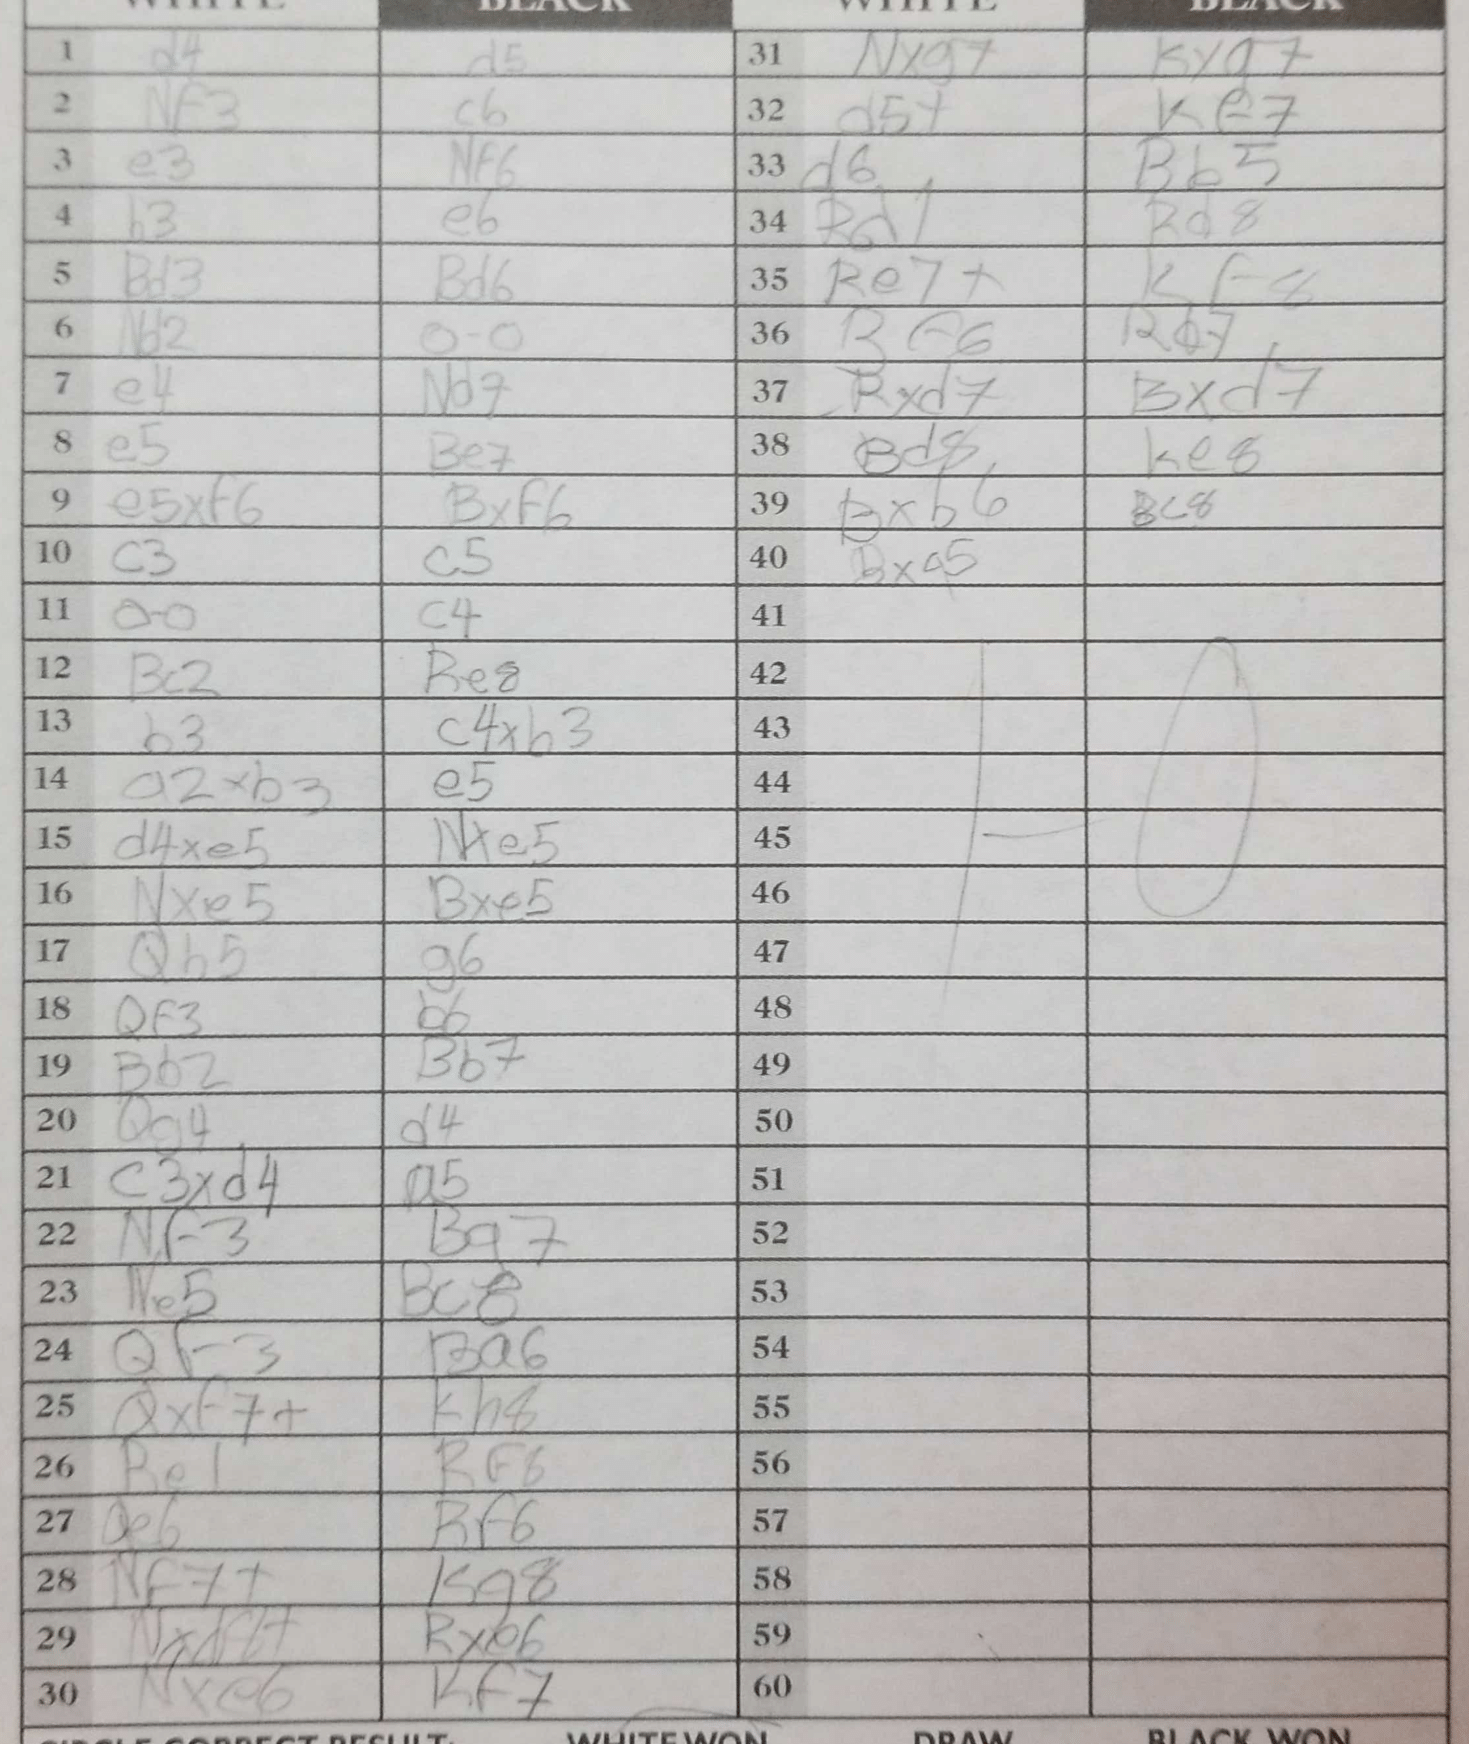
Moves: d4 d5 Nf3 c6 e3 Nf6 b3 e6 Bd3 Bd6 Nd2 O-O e4 Nd7 e5 Be7 e5xf6 Bxf6 c3 c5 O-O c4 Bc2 Re8 b3 c4xb3 a2xb3 e5 d4xe5 Nxe5 Nxe5 Bxe5 Qb5 g6 Qf3 b6 Bb2 Bb7 Qg4 d4 c3xd4 a5 Nf3 Bg7 Ne5 Bc8 Qf3 Ba6 Qxf7+ Kh8 Be1 Rf8 Qe6 Rf6 Nf7+ Kg8 Nxd4+ Rxe6 Nxe6 Kf7 Nxg7 Kxg7 d5+ Kf7 d6 Bb5 Rd1 Rd8 Re7+ Kf8 Bf6 Rd7 Rxd7 Bxd7 Bd8 Ke8 Bxb6 Bc8 Bxa5